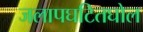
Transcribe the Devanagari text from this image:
जलापघटितघोल